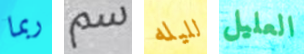
ربما سم لليله العليل